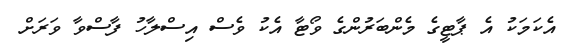
އެކަމަކު އެ ޕާޓީގެ މެންބަރުންގެ ވޯޓާ އެކު ވެސް އިސްލާހު ފާސްވާ ވަރަށް